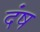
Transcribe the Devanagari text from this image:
दंष